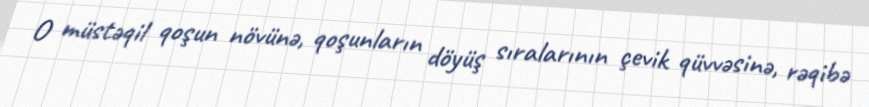
O müstəqil qoşun növünə, qoşunların döyüş sıralarının çevik qüvvəsinə, rəqibə